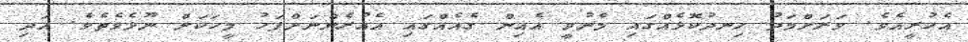
އެހުރީއެވެ. ވަރަށްމަދު ހިނދުކޮޅެއްގައި މެނުވީ އެއިން ގެއެއްގައި އެއުރެންނަށްފަހު މީހަކަށް ނޫޅެވެތެވެ. އަދި